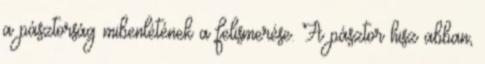
a pásztorság mibenlétének a felismerése. A pásztor hisz abban,